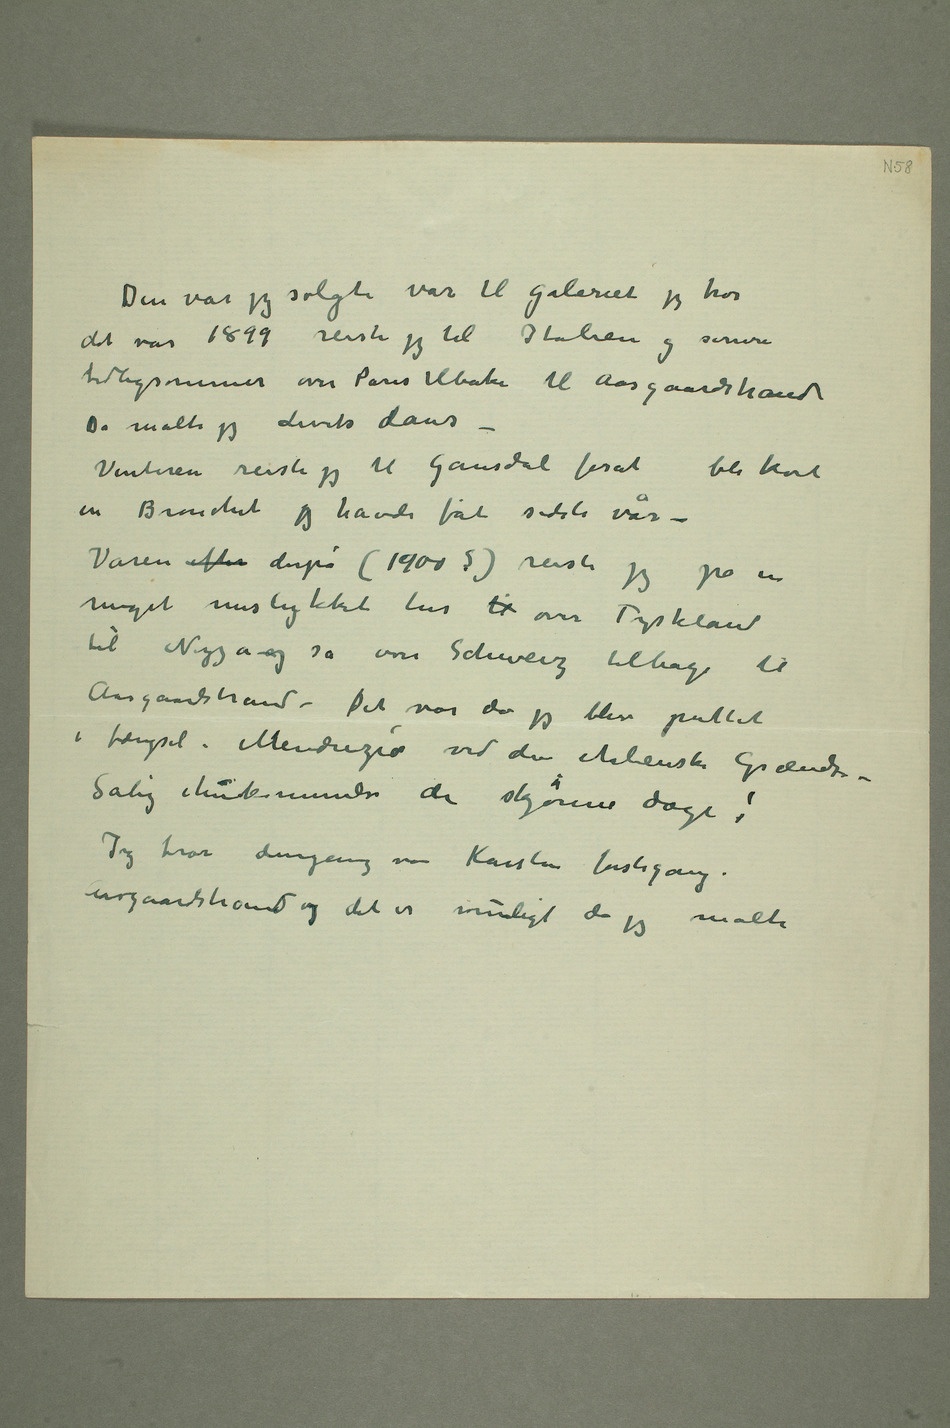
Den vår jeg solgte vår til Galeriet jeg tror
det var 1899 reiste jeg til Italien og senere
tidligsommer over Paris tilbake til Aasgaardstrand
Da malte jeg Livets dans
– Vinteren reiste jeg til Gausdal forat bli kvit
en Bronchit jeg havde fåt sidste vår
– Våren efter derpå (1900?) reiste jeg på en
meget mislykket tur til over Tyskland
til Nizza og så over Schweiz tilbage til
Aasgaardstrand – Det var da jeg blev puttet
i fængsel i Mendrezio ved den italienske Grændse
– Salig ihukommelse de skjønne dage!
Jeg tror dengang var Karsten førstegang i
Aasgaardstrand og det er muligt da jeg malte